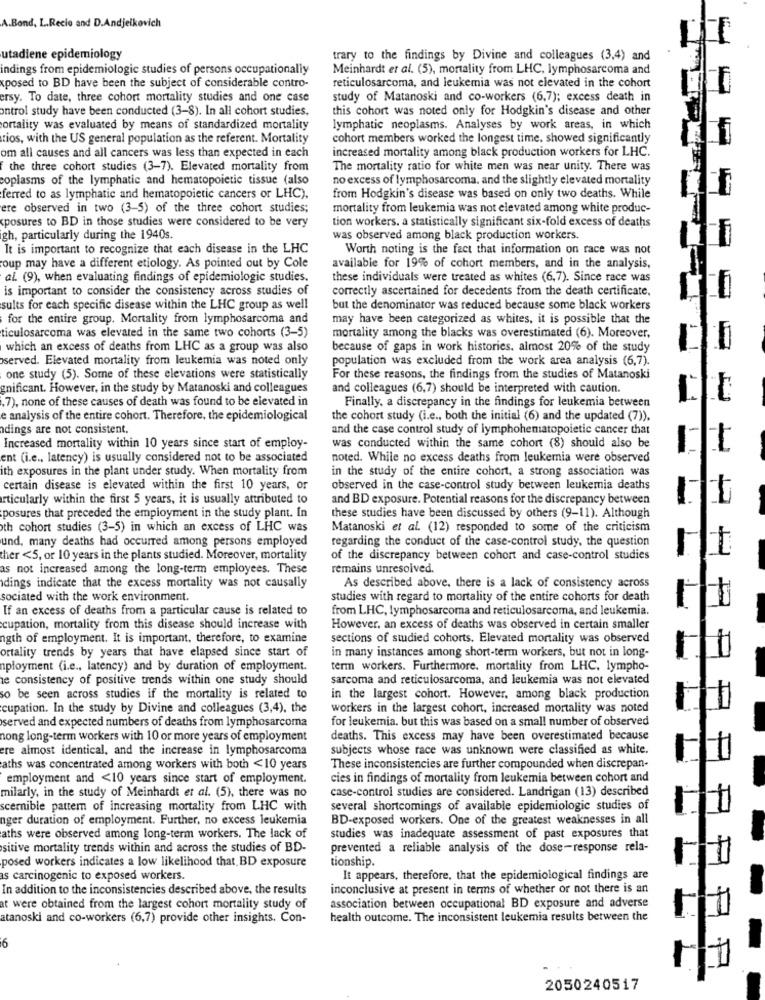
A.Bond, L.Recio and D.Andjelkovich
utadiene epidemiology
trary to the findings by Divine and colleagues (3,4) and
indings from epidemiologic studies of persons occupationally
Meinhardt et al. (5), mortality from LHC, lymphosarcoma and
reticulosarcoma, and leukemia was not elevated in the cohort
xposed to BD have been the subject of considerable contro-
ersy. To date, three cohort mortality studies and one case
study of Matanoski and co-workers (6,7); excess death in
ontrol study have been conducted (3-8). In all cohort studies,
this cohort was noted only for Hodgkin's disease and other
ortality was evaluated by means of standardized mortality
lymphatic neoplasms. Analyses by work areas, in which
rios, with the US general population as the referent. Mortality
cohort members worked the longest time. showed significantly
om all causes and all cancers was less than expected in each
increased mortality among black production workers for LHC.
f the three cohort studies (3-7). Elevated mortality from
The mortality ratio for white men was near unity. There was
coplasms of the lymphatic and hematopoietic tissue (also
no excess of lymphosarcoma, and the slightly elevated mortality
ferred to as lymphatic and hematopoietic cancers or LHC),
from Hodgkin's disease was based on only two deaths. While
ere observed in two (3-5) of the three cohort studies;
mortality from leukemia was not elevated among white produc-
posures to BD in those studies were considered to be very
tion workers. a statistically significant six-fold excess of deaths
gh, particularly during the 1940s.
was observed among black production workers.
It is important to recognize that each disease in the LHC
Worth noting is the fact that information on race was not
oup may have a different etiology. As pointed out by Cole
available for 19% of cohort members, and in the analysis,
al. (9), when evaluating findings of epidemiologic studies.
these individuals were treated as whites (6,7). Since race was
is important to consider the consistency across studies of
correctly ascertained for decedents from the death certificate.
sults for each specific disease within the LHC group as well
but the denominator was reduced because some black workers
for the entire group. Mortality from lymphosarcoma and
may have been categorized as whites, it is possible that the
ticulosarcoma was elevated in the same two cohorts (3-5)
mortality among the blacks was overestimated (6). Moreover,
which an excess of deaths from LHC as a group was also
because of gaps in work histories. almost 20% of the study
served. Elevated mortality from leukemia was noted only
population was excluded from the work area analysis (6,7).
one study (5). Some of these elevations were statistically
For these reasons, the findings from the studies of Matanoski
gnificant. However, in the study by Matanoski and colleagues
and colleagues (6,7) should be interpreted with caution.
,7), none of these causes of death was found to be elevated in
Finally, a discrepancy in the findings for leukemia between
e analysis of the entire cohort. Therefore, the epidemiological
the cohort study (i.e ., both the initial (6) and the updated (7)).
dings are not consistent.
and the case control study of lymphohematopoietic cancer that
Increased mortality within 10 years since start of employ-
was conducted within the same cohort (8) should also be
ent (i.e ., latency) is usually considered not to be associated
noted. While no excess deaths from leukemia were observed
ith exposures in the plant under study. When mortality from
in the study of the entire cohort, a strong association was
certain disease is elevated within the first 10 years, or
observed in the case-control study between leukemia deaths
articularly within the first 5 years, it is usually attributed to
and BD exposure. Potential reasons for the discrepancy between
posures that preceded the employment in the study plant. In
these studies have been discussed by others (9-11). Although
th cohort studies (3-5) in which an excess of LHC was
Matanoski et al. (12) responded to some of the criticism
und, many deaths had occurred among persons employed
regarding the conduct of the case-control study, the question
ther <5, or 10 years in the plants studied. Moreover, mortality
of the discrepancy between cohort and case-control studies
as not increased among the long-term employees. These
remains unresolved.
dings indicate that the excess mortality was not causally
As described above, there is a lack of consistency across
sociated with the work environment.
studies with regard to mortality of the entire cohorts for death
If an excess of deaths from a particular cause is related to
from LHC, lymphosarcoma and reticulosarcoma, and leukemia.
ocupation, mortality from this disease should increase with
However. an excess of deaths was observed in certain smaller
nigth of employment. It is important, therefore, to examine
sections of studied cohorts. Elevated mortality was observed
ortality trends by years that have elapsed since start of
in many instances among short-term workers, but not in long-
nployment (i.e ., latency) and by duration of employment.
term workers. Furthermore. mortality from LHC, lympho-
e consistency of positive trends within one study should
sarcoma and reticulosarcoma, and leukemia was not elevated
so be seen across studies if the mortality is related to
in the largest cohort. However, among black production
cupation. In the study by Divine and colleagues (3,4). the
workers in the largest cohort, increased mortality was noted
for leukemia. but this was based on a small number of observed
served and expected numbers of deaths from lymphosarcoma
nong long-term workers with 10 or more years of employment
deaths. This excess may have been overestimated because
ere almost identical, and the increase in lymphosarcoma
subjects whose race was unknown were classified as white.
aths was concentrated among workers with both <10 years
These inconsistencies are further compounded when discrepan-
employment and <10 years since start of employment.
cies in findings of mortality from leukemia between cohort and
case-control studies are considered. Landrigan (13) described
milarly, in the study of Meinhardt et al. (5), there was no
scernible pattern of increasing mortality from LHC with
several shortcomings of available epidemiologic studies of
nger duration of employment. Further, no excess leukemia
BD-exposed workers. One of the greatest weaknesses in all
aths were observed among long-term workers. The lack of
studies was inadequate assessment of past exposures that
sitive mortality trends within and across the studies of BD-
prevented a reliable analysis of the dose-response rela-
tionship.
posed workers indicates a low likelihood that BD exposure
as carcinogenic to exposed workers.
It appears, therefore, that the epidemiological findings are
In addition to the inconsistencies described above, the results
inconclusive at present in terms of whether or not there is an
at were obtained from the largest cohort mortality study of
association between occupational BD exposure and adverse
atanoski and co-workers (6,7) provide other insights. Con-
health outcome. The inconsistent leukemia results between the
6
2050240517